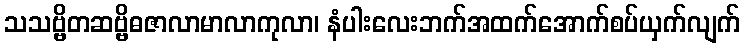
သသဗ္ဗိတဆဗ္ဗိဓဇာလာမာလာကုလာ၊ နံပါးလေးဘက်အထက်အောက်စပ်ယှက်လျက်